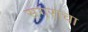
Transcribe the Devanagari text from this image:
सगराचा